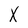
Character: X